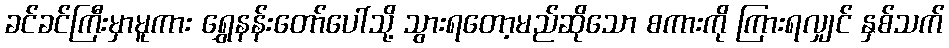
ခင်ခင်ကြီးမှာမူကား ရွှေနန်းတော်ပေါ်သို့ သွားရတော့မည်ဆိုသော စကားကို ကြားရလျှင် နှစ်သက်